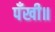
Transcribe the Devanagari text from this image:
पँखी॥